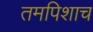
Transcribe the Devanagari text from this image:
तमपिशाच